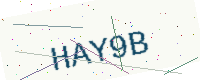
Text: HAY9B